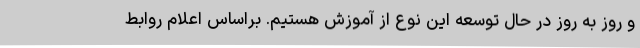
و روز به روز در حال توسعه این نوع از آموزش هستیم. براساس اعلام روابط